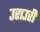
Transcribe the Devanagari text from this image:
उराउरी